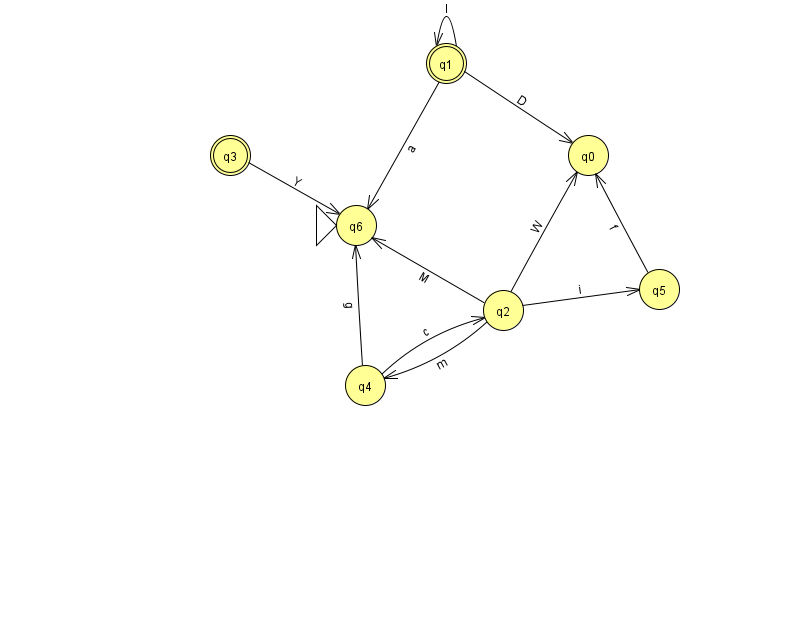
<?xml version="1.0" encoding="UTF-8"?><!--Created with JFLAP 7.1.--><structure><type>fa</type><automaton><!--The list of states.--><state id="0" name="q0"><x>588.0</x><y>142.0</y></state><state id="1" name="q1"><x>446.0</x><y>50.0</y><final/></state><state id="2" name="q2"><x>503.0</x><y>297.0</y></state><state id="3" name="q3"><x>230.0</x><y>142.0</y><final/></state><state id="4" name="q4"><x>365.0</x><y>372.0</y></state><state id="5" name="q5"><x>659.0</x><y>276.0</y></state><state id="6" name="q6"><x>356.0</x><y>212.0</y><initial/></state><!--The list of transitions.--><transition><from>1</from><to>0</to><read>D</read></transition><transition><from>4</from><to>2</to><read>c</read></transition><transition><from>3</from><to>6</to><read>Y</read></transition><transition><from>4</from><to>6</to><read>g</read></transition><transition><from>1</from><to>1</to><read>I</read></transition><transition><from>1</from><to>6</to><read>a</read></transition><transition><from>2</from><to>0</to><read>W</read></transition><transition><from>5</from><to>0</to><read>f</read></transition><transition><from>2</from><to>4</to><read>m</read></transition><transition><from>2</from><to>5</to><read>i</read></transition><transition><from>2</from><to>6</to><read>M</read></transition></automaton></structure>